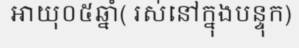
អាយុ០៥ឆ្នាំ( រស់នៅក្នុងបន្ទុក)